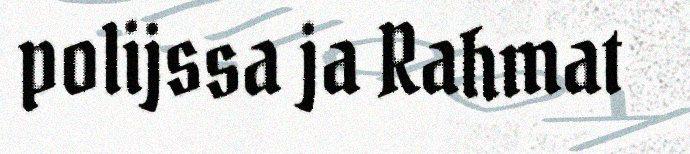
polijssa ja Rahmat